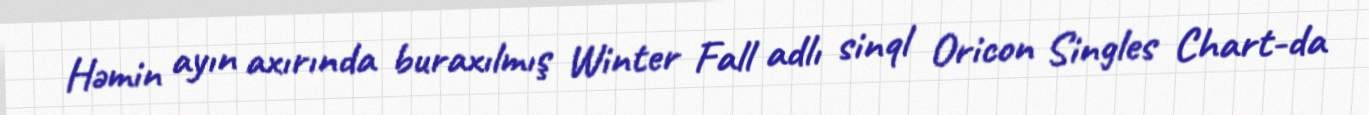
Həmin ayın axırında buraxılmış Winter Fall adlı sinql Oricon Singles Chart-da